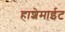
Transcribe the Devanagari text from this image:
हाशेमाईट